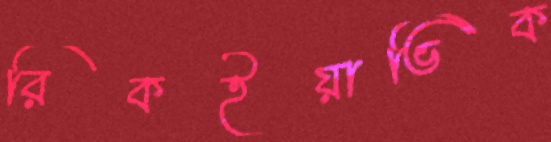
রিকইয়াভিক